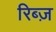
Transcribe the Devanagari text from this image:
रिब्ज़